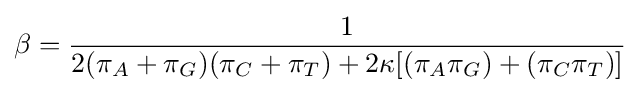
\beta ={\frac {1}{2(\pi _{A}+\pi _{G})(\pi _{C}+\pi _{T})+2\kappa [(\pi _{A}\pi _{G})+(\pi _{C}\pi _{T})]}}